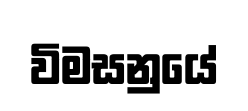
විමසනුයේ